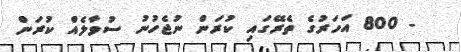
- 800 އަހަރުގެ ތެރޭގައި ކުރަން ނުޖެހުނު ސުވާލެއް ކުރަން